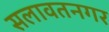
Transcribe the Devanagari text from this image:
सलावतनगर